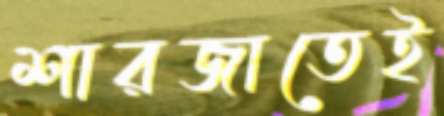
শারজাতেই